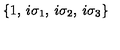
\left\{ 1 , \: i \sigma _ { 1 } , \: i \sigma _ { 2 } , \: i \sigma _ { 3 } \right\}